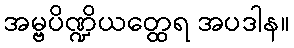
အမ္ဗပိဏ္ဍိယတ္ထေရ အပဒါန။